Civil Veterinary Department. Madras. Admin. report 1910-25 - 1910-1925
Year: 1910
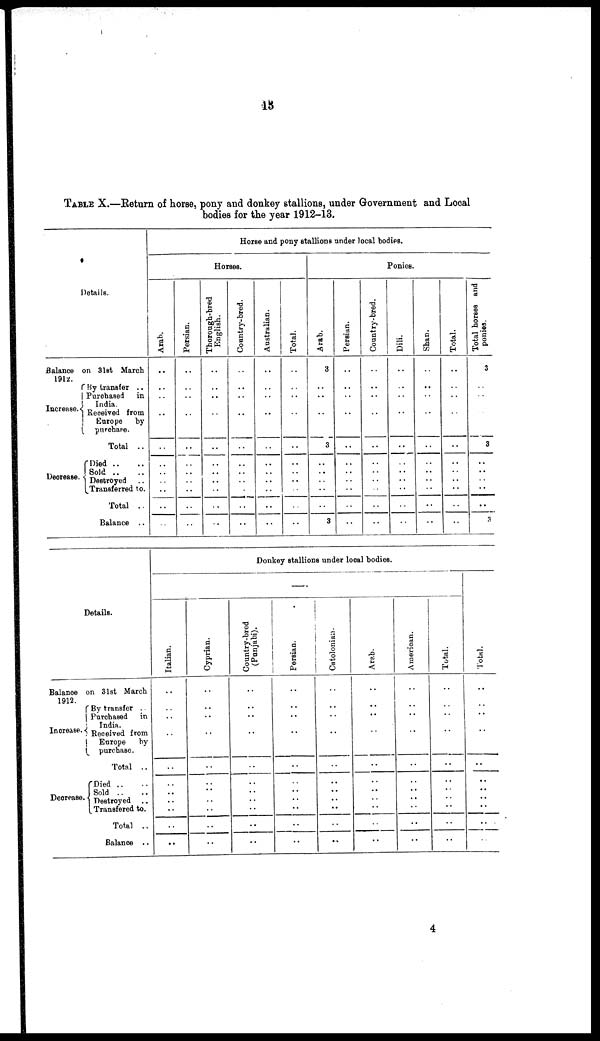
13
TABLE X.—Return of horse, pony and donkey stallions, under Government and Local
bodies for the year 1912-13.
Details.
Balance on 3lst March
1912.
Increase
By transfer ..
Purchased in
India
Received from
Europe by
purchase.
Total ..
Decrease
Died ..
Destroyed
Transferred to.
Total ..
Balance ..
Horse and pony stallions under local bodies.
Horses.
Arab.
..
..
..
..
..
..
..
..
..
..
..
..
Persian.
..
..
..
..
..
..
..
..
..
..
..
..
Thorougb-bred
English.
..
..
..
..
..
..
..
..
..
..
..
..
Country-bred.
..
..
..
..
..
..
..
..
..
..
..
..
Australian.
..
..
..
..
..
..
..
..
..
..
..
..
Total.
..
..
..
..
..
..
..
..
..
..
..
..
Ponies.
Arab.
3
..
..
..
..
..
3
..
..
..
..
3
Persian.
..
..
..
..
..
..
..
..
..
..
..
..
Country-bred.
..
..
..
..
..
..
..
..
..
..
..
..
Dili.
..
..
..
..
..
..
..
..
..
..
..
..
Shan.
..
..
..
..
..
..
..
..
..
..
..
..
Total.
..
..
..
..
..
..
..
..
..
..
..
..
Total hor s es and
ponies.
3
..
..
3
..
..
..
3
Details.
Balance on 31st March
1912.
Increase.
By transfer
Purchased
in
India.
Received
from
Europe
by
purchase.
Total ..
Decrease.
Died ..
Sold ..
Destroyed ..
Transfered to.
Total ..
Balance ..
Donkey stallions under local bodies.
Italian.
..
..
..
..
..
..
..
..
..
..
..
..
..
..
Cyprian.
..
..
..
..
..
..
..
..
..
..
..
..
..
..
Country-bred
(Punjabi).
..
..
..
..
..
..
..
..
..
..
..
..
..
..
Persian.
..
..
..
..
..
..
..
..
..
..
..
..
..
..
Catolonian-
..
..
..
..
..
..
..
..
..
..
..
..
..
..
Arab.
..
..
..
..
..
..
..
..
..
..
..
..
..
..
American.
..
..
..
..
..
..
..
..
..
..
..
..
..
..
Total.
..
..
..
..
..
..
..
..
..
..
..
..
..
..
Total.
..
..
..
..
..
..
..
..
..
..
..
..
..
..
4